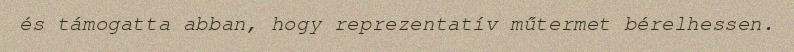
és támogatta abban, hogy reprezentatív műtermet bérelhessen.